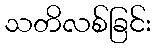
သတိလစ်ခြင်း